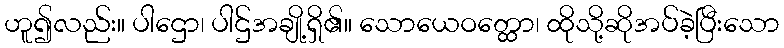
ဟူ၍လည်း။ ပါဌော၊ ပါဌ်အချို့ရှိ၏။ သောယေဝတ္ထော၊ ထိုသို့ဆိုအပ်ခဲ့ပြီးသော